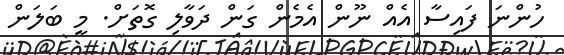
ހުންނަ ފައިސާ އެއް ނޫން އެމެން ގަން ދަވާލި ގޮތަށް. މީ ބަލަން